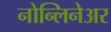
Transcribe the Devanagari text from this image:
नोन्लिनेअर